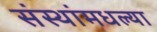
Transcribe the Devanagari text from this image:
संस्थांमधल्या